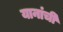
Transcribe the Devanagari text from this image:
यानांची